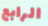
الرابع